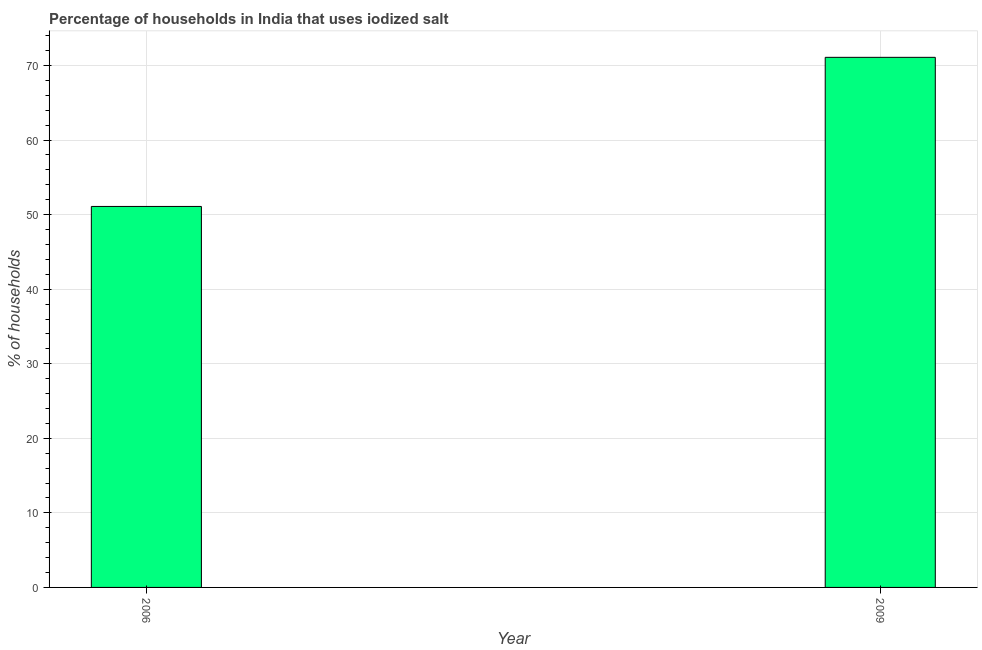
| Year | Consumption of iodized salt |
 | --- | --- |
 | 2006 | 51.1 |
 | 2009 | 71.1 |